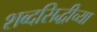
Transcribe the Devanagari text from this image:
शब्दसिद्धीच्या